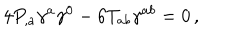
LaTeX: 4 P _ { , a } \gamma ^ { a } \gamma ^ { 0 } - 6 T _ { a b } \gamma ^ { a b } = 0 \, ,